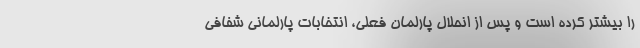
را بیشتر کرده است و پس از انحلال پارلمان فعلی، انتخابات پارلمانی شفافی